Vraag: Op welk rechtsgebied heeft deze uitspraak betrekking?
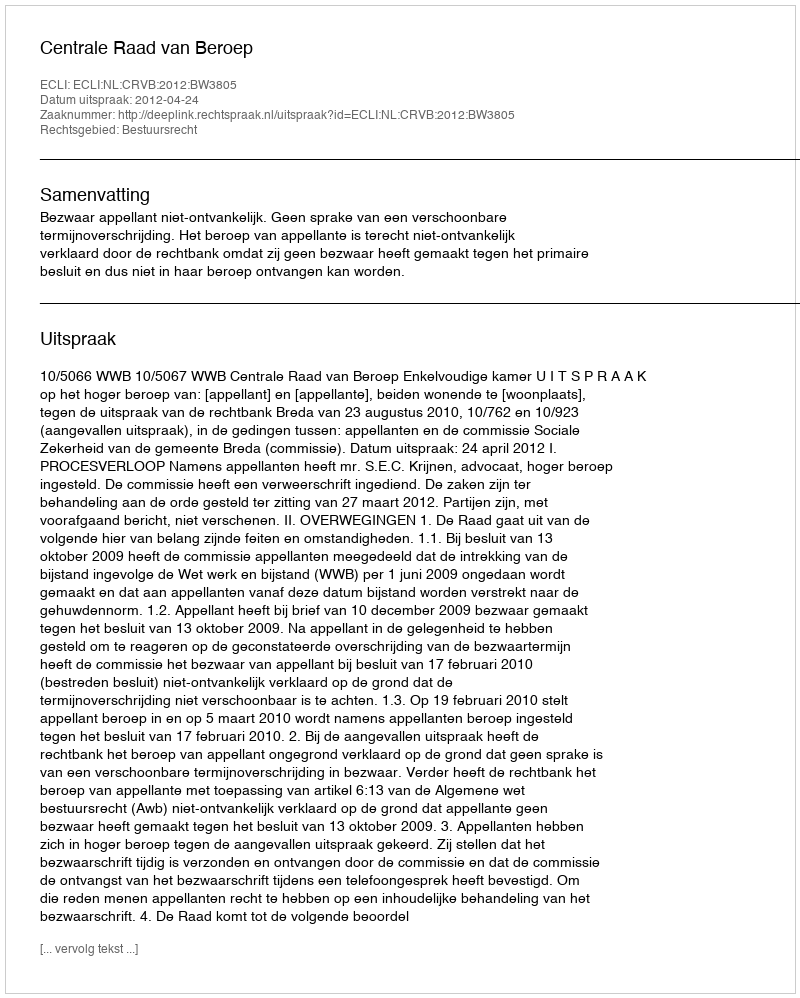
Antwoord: Bestuursrecht